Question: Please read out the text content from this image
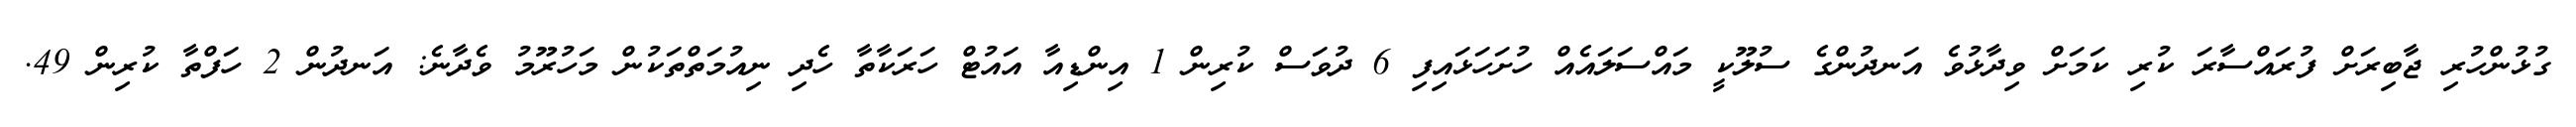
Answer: ގުޅުންހުރި ޖާބިރަށް ފުރައްސާރަ ކުރި ކަމަށް ވިދާޅުވެ އަނދުންގެ ސުލޫކީ މައްސަލައެއް ހުށަހަޅައިފި 6 ދުވަސް ކުރިން 1 އިންޑިއާ އައުޓް ހަރަކާތާ ހެދި ނިއުމަތްތަކުން މަހުރޫމު ވެދާނެ: އަނދުން 2 ހަފްތާ ކުރިން 49.